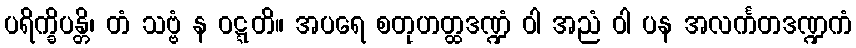
ပရိက္ခိပန္တိ၊ တံ သဗ္ဗံ န ဝဋ္ဋတိ။ အပရေ စတုဟတ္ထဒဏ္ဍံ ဝါ အညံ ဝါ ပန အလင်္ကတဒဏ္ဍကံ